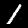
Digit: 1